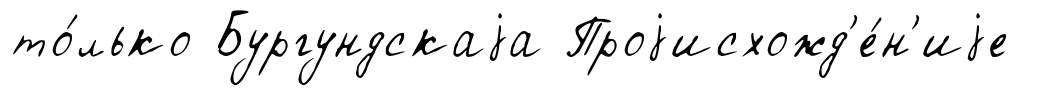
то́лько Бургундскаjа Проjисхожд'е́н'иjе